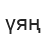
үяң